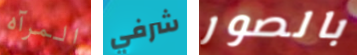
المرآه شرفي بالصور